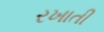
રખાતી